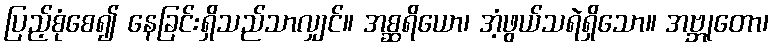
ပြည့်စုံစေ၍ နေခြင်းရှိသည်သာလျှင်။ အစ္ဆရိယော၊ အံ့ဖွယ်သရဲရှိသော။ အဗ္ဘုတော၊